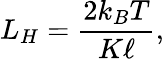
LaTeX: L_{H}=\frac{2k_{B}T}{K\ell},